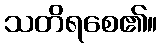
သတိရစေ၏။